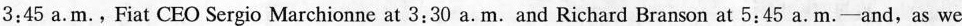
3;45 a.m., Fiat CEO Sergio Marchionne at 3;30 a.m. and Richard Branson at 5;45 a.m.-and, as we